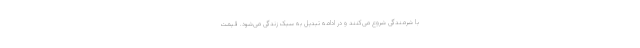
با شرمندگی شروع می‌کنند و در ادامه تبدیل به سبک زندگی می‌شود. قیمت